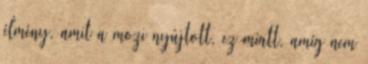
élmény, amit a mozi nyújtott, ez miatt, amíg nem